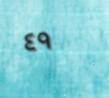
٤٩